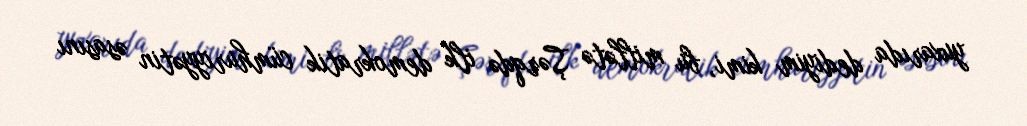
yuxarıda dediyim kimi, bu millətə Şərqdə ilk demokratik cümhuriyyətin əsasını